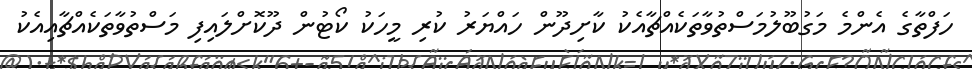
ހަފްތާގެ އެންމެ މަގުބޫލުމަސްތުވާތަކެއްޗާއެކު ކާށިދޫން ހައްޔަރު ކުރި މީހަކު ކޯޓުން ދޫކޮށްލައިފި މަސްތުވާތަކެއްޗާއިއެކު